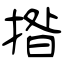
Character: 揝